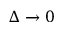
\Delta \xrightarrow { } 0